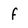
Character: f